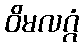
ဝိမလဂ္ဂံ